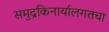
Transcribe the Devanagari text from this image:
समुद्रकिनार्यालगतचा